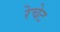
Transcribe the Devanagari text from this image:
रेचेट